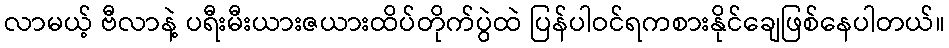
လာမယ့် ဗီလာနဲ့ ပရီးမီးယားဇယားထိပ်တိုက်ပွဲထဲ ပြန်ပါဝင်ရကစားနိုင်ချေဖြစ်နေပါတယ်။